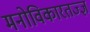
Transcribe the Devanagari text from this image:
मनोविकारतज्‍ज्ञ